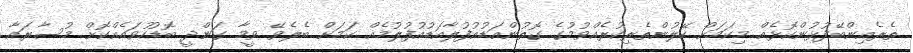
ތެރެއިންބޭފުޅުންކޮޅެއް މިކަމަށް ހޭލުންތެރިކުރެއްވުމުގެ ގޮތުންއަޑުއުފުލާއަޑުއުފުލުމެއް ކަމަށް ބެލެވޭ ވީމާ ގަންދީ ބޮޑުހުވައެއްކޮށް މުސާރައާ